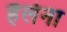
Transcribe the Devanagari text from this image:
हैलेना